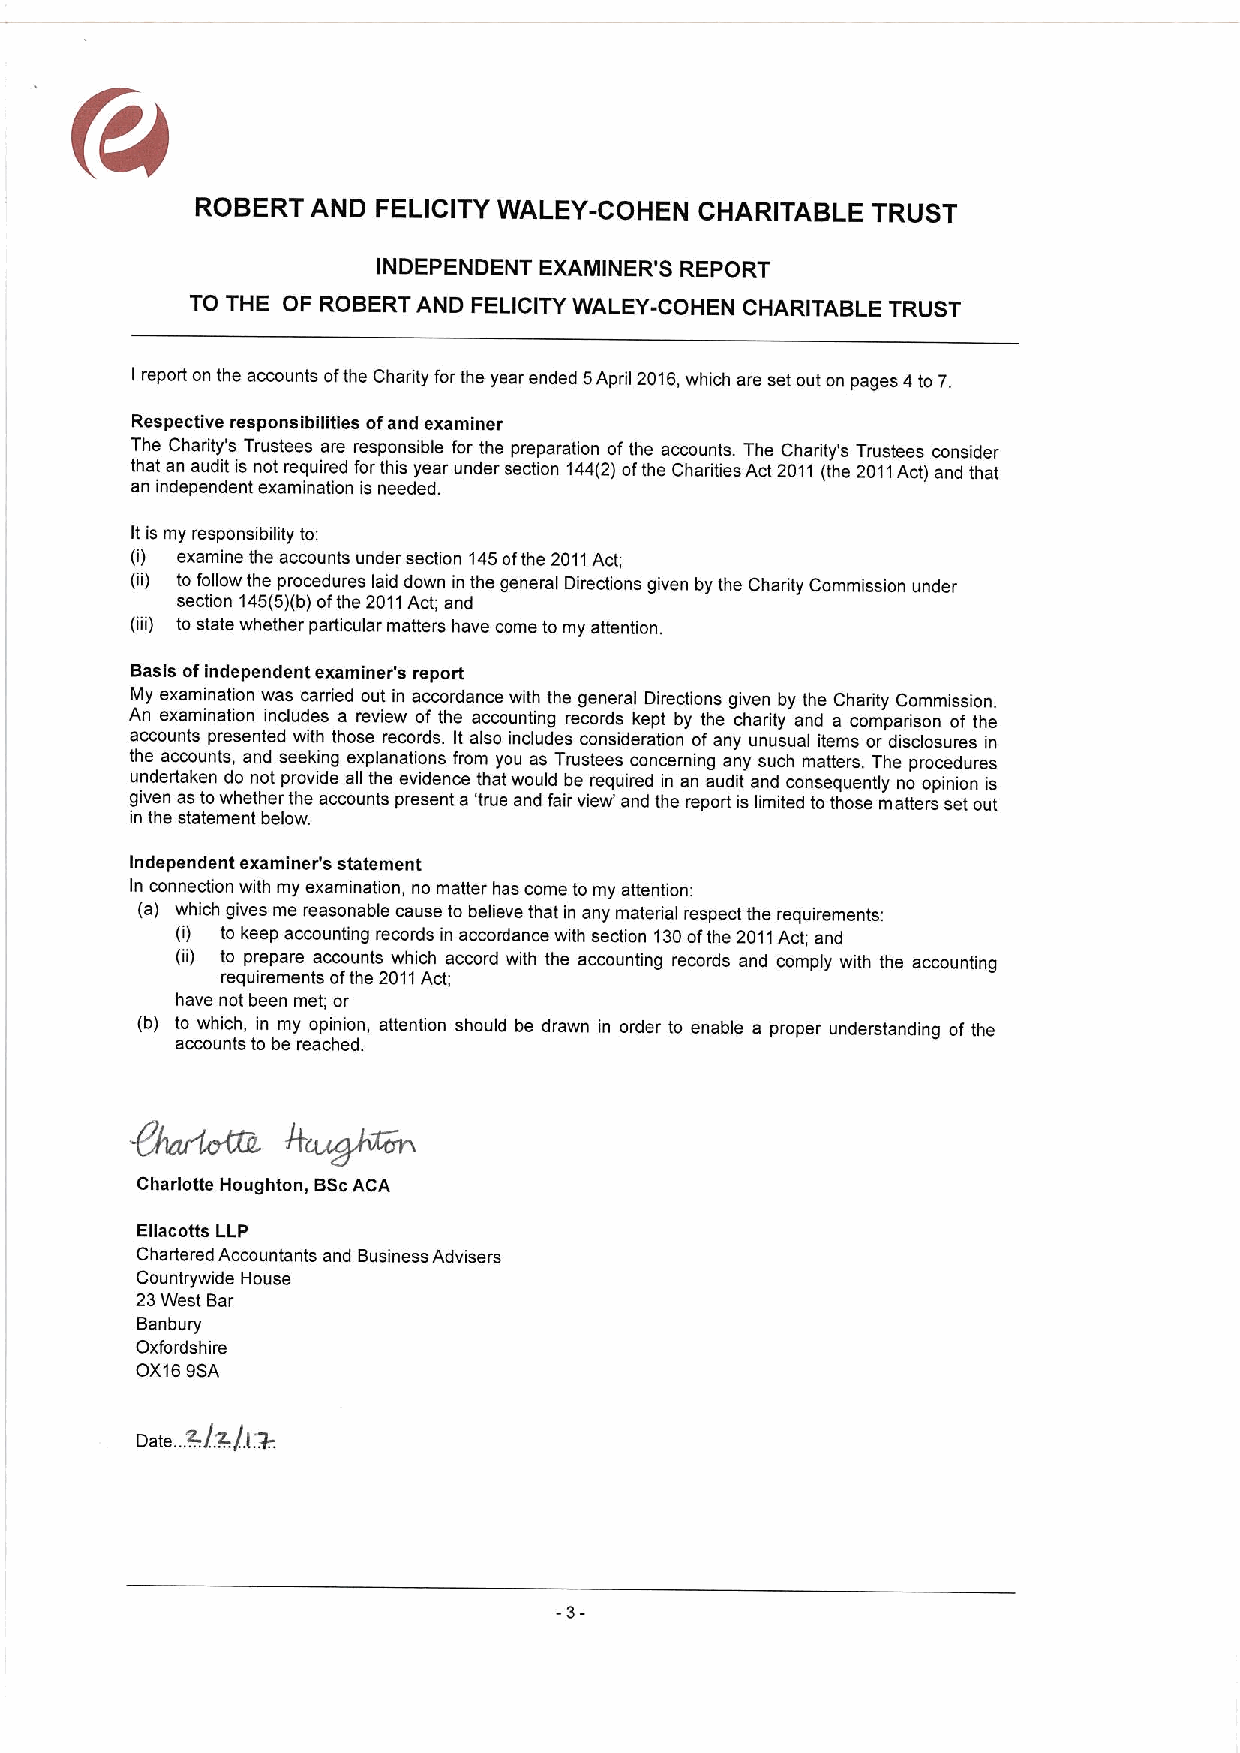
ROBERT  AND FELICITY WALEY-COHEN CHARITABLE  TRUST
 INDEPENDENT EXAMINER'S REPORT
 TO THE OF ROBERTAND FELICITYWALEY-COHEN CHARITABLE TRUST
 I report on the accounts ofthe Charity for the year ended 5April 2016,which are set out on pages 4to 7.
 Respective responsibilities ofand examiner
 The Charity's Trustees are responsible for the preparation ofthe accounts. The Charity's Trustees consider
 that an audit is not required forthis year under section 144(2)ofthe Charities Act 2011 (the 2011Act) and that
 an independent examination is needed,
 It is my responsibility to:
 (i) examine the accounts under section 145ofthe 2011Act,
 (ii) to follow the procedures laid down in the general Directions given by the Charity Commission under
 section 145(5)(b)ofthe 2011Act; and
 (iii) to state whether parbcular matters have come to my attention.
 Basis ofindependent examiner's report
 My examination was carried out in accordance with the general Directions given by the Charity Commission.
 An examination includes a review of the accounting records kept by the charity and a comparison of the
 accounts presented with those records. It also includes consideration ofany unusual items or disclosures in
 the accounts, and seeking explanations from you as Trustees concerning any such matters. The procedures
 undertaken do not provide all the evidence that would be required in an audit and consequently no opinion is
 given as towhether the accounts present a 'true and fair view' and the report is limited to those matters set out
 in the statement below.
 Independent examiner's statement
 In connection with my examination, no matter has come to my attention:
 (a) which gives me reasonable cause to believe that in any material respect the requirements:
 (i) to keep accounting records in accordance with section 130ofthe 2011Act; and
 (ii) to prepare accounts which accord with the accounting records and comply with the accounting
 requirements ofthe 2011Act;
 have not been met; or
 (b) to which, in my opinion, attention should be drawn in order to enable a proper understanding of the
 accounts to be reached.
 9~Ka
 Charlotte Houghton, BScACA
 Ellacotts LLP
 Chartered Accountants and Business Advisers
 Countrywide House
 23West Bar
 Banbury
 Oxfordshire
 OX169SA